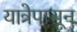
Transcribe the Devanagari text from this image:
यात्रेपासून